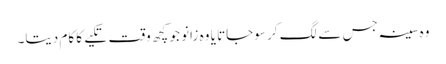
وہ سینہ جس سے لگ کر سوجاتا یا وہ زانو جو کچھ وقت تکیے کا کام دیتا۔